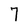
Character: 7